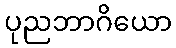
ပုညဘာဂိယော